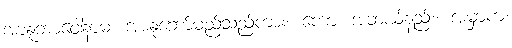
အာနုဘာဝေါနာမ၊ အာနုဘော်မည်သည်ကား။ ကော၊ အဘယ်နည်း။ အမှာကံ၊